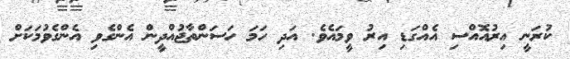
ކުރަނީ އިރުއޮއްސި އެއްގަޑި އިރު ވީމައެވެ. އަދި ހަމަ ހަސަންތާޖުއްދީން އެންގެވި އެންގެވުމަކަށް